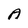
Character: A